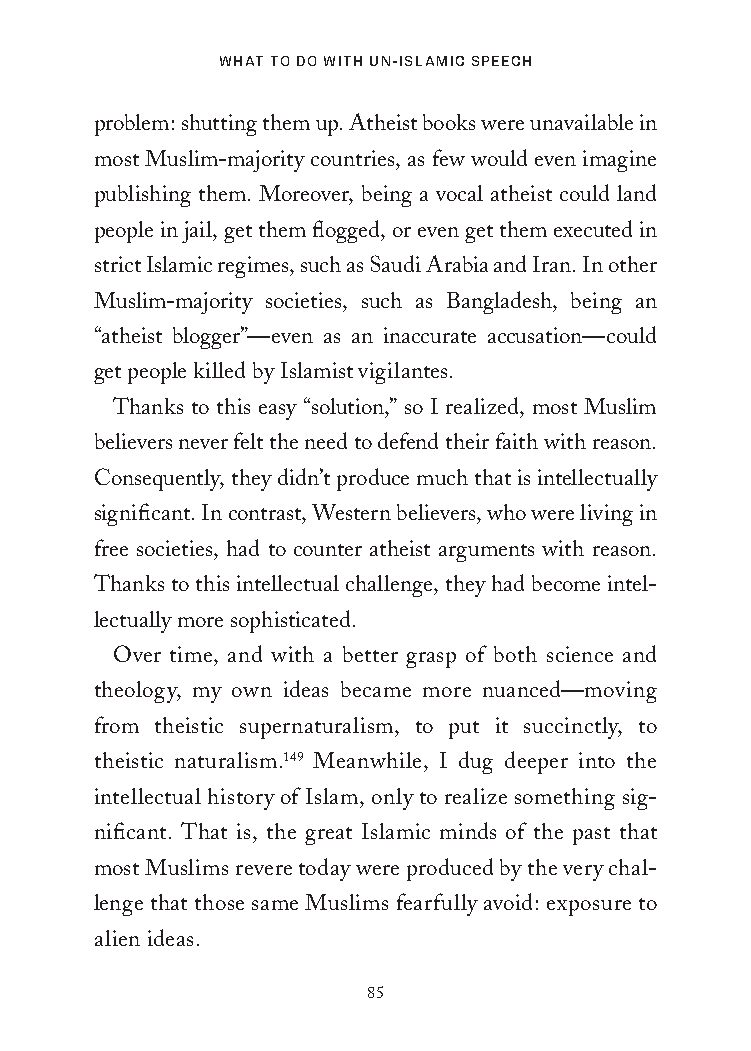
What to Do With Un-islamic speech
 problem: shutting them up. Atheist books were unavailable in
 most Muslim-majority countries, as few would even imagine
 publishing them. Moreover, being a vocal atheist could land
 people in jail, get them flogged, or even get them executed in
 strict Islamic regimes, such as Saudi Arabia and Iran. In other
 Muslim-majority societies, such as Bangladesh, being an
 “atheist blogger”—even as an inaccurate accusation—could
 get people killed by Islamist vigilantes.
 Thanks to this easy “solution,” so I realized, most Muslim
 believers never felt the need to defend their faith with reason.
 Consequently, they didn’t produce much that is intellectually
 significant. In contrast, Western believers, who were living in
 free societies, had to counter atheist arguments with reason.
 Thanks to this intellectual challenge, they had become intel-
 lectually more sophisticated.
 Over time, and with a better grasp of both science and
 theology, my own ideas became more nuanced—moving
 from theistic supernaturalism, to put it succinctly, to
 theistic naturalism.149 Meanwhile, I dug deeper into the
 intellectual history of Islam, only to realize something sig-
 nificant. That is, the great Islamic minds of the past that
 most Muslims revere today were produced by the very chal-
 lenge that those same Muslims fearfully avoid: exposure to
 alien ideas.
 85
 25320_Ch06.indd 85                      24/06/2021 9:13 AM